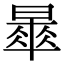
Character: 𣊚